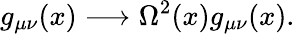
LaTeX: g_{\mu\nu}(x)\longrightarrow\Omega^{2}(x)g_{\mu\nu}(x).